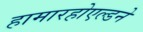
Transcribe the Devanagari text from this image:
हामारहोएल्डने